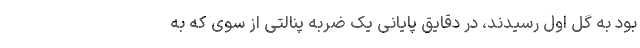
بود به گل اول رسیدند، در دقایق پایانی یک ضربه پنالتی از سوی که به